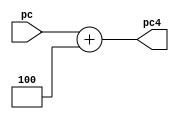
`timescale 1ns / 1ps
//////////////////////////////////////////////////////////////////////////////////
// Company: 
// Engineer: 
// 
// Design Name: 
// Module Name: pc4adder
// Project Name: 
// Target Devices: 
// Tool Versions: 
// Description: 
// 
// Dependencies: 
// 
// Revision:
// Revision 0.01 - File Created
// Additional Comments:
// 
//////////////////////////////////////////////////////////////////////////////////


module pc4adder(
    input wire [31:0] pc,

    output wire [31:0] pc4
    );

    assign pc4 = pc + 'd4;
endmodule